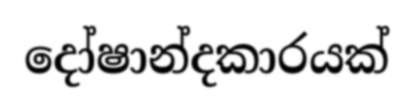
දෝෂාන්දකාරයක්